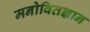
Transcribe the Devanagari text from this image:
मनोवितज्ञान